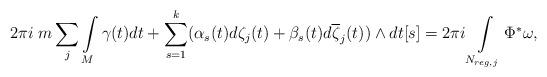
LaTeX: \begin{align*}2\pi i \ m\sum_j\int\limits_{M} \gamma(t) dt + \sum_{s=1}^k (\alpha_s(t) d\zeta_j(t) +\beta_s(t) d\overline \zeta_j(t))\wedge dt[s]=2\pi i \int\limits_{N_{reg,j}}\Phi^*\omega,\end{align*}